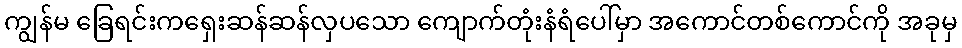
ကျွန်မ ခြေရင်းကရှေးဆန်ဆန်လှပသော ကျောက်တုံးနံရံပေါ်မှာ အကောင်တစ်ကောင်ကို အခုမှ